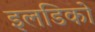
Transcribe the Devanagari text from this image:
इलडिको